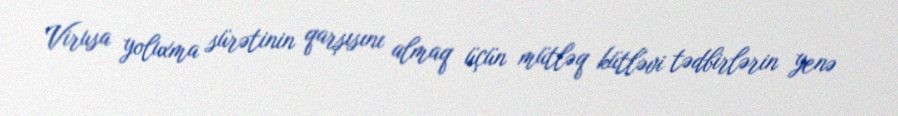
Virusa yoluxma sürətinin qarşısını almaq üçün mütləq kütləvi tədbirlərin yenə